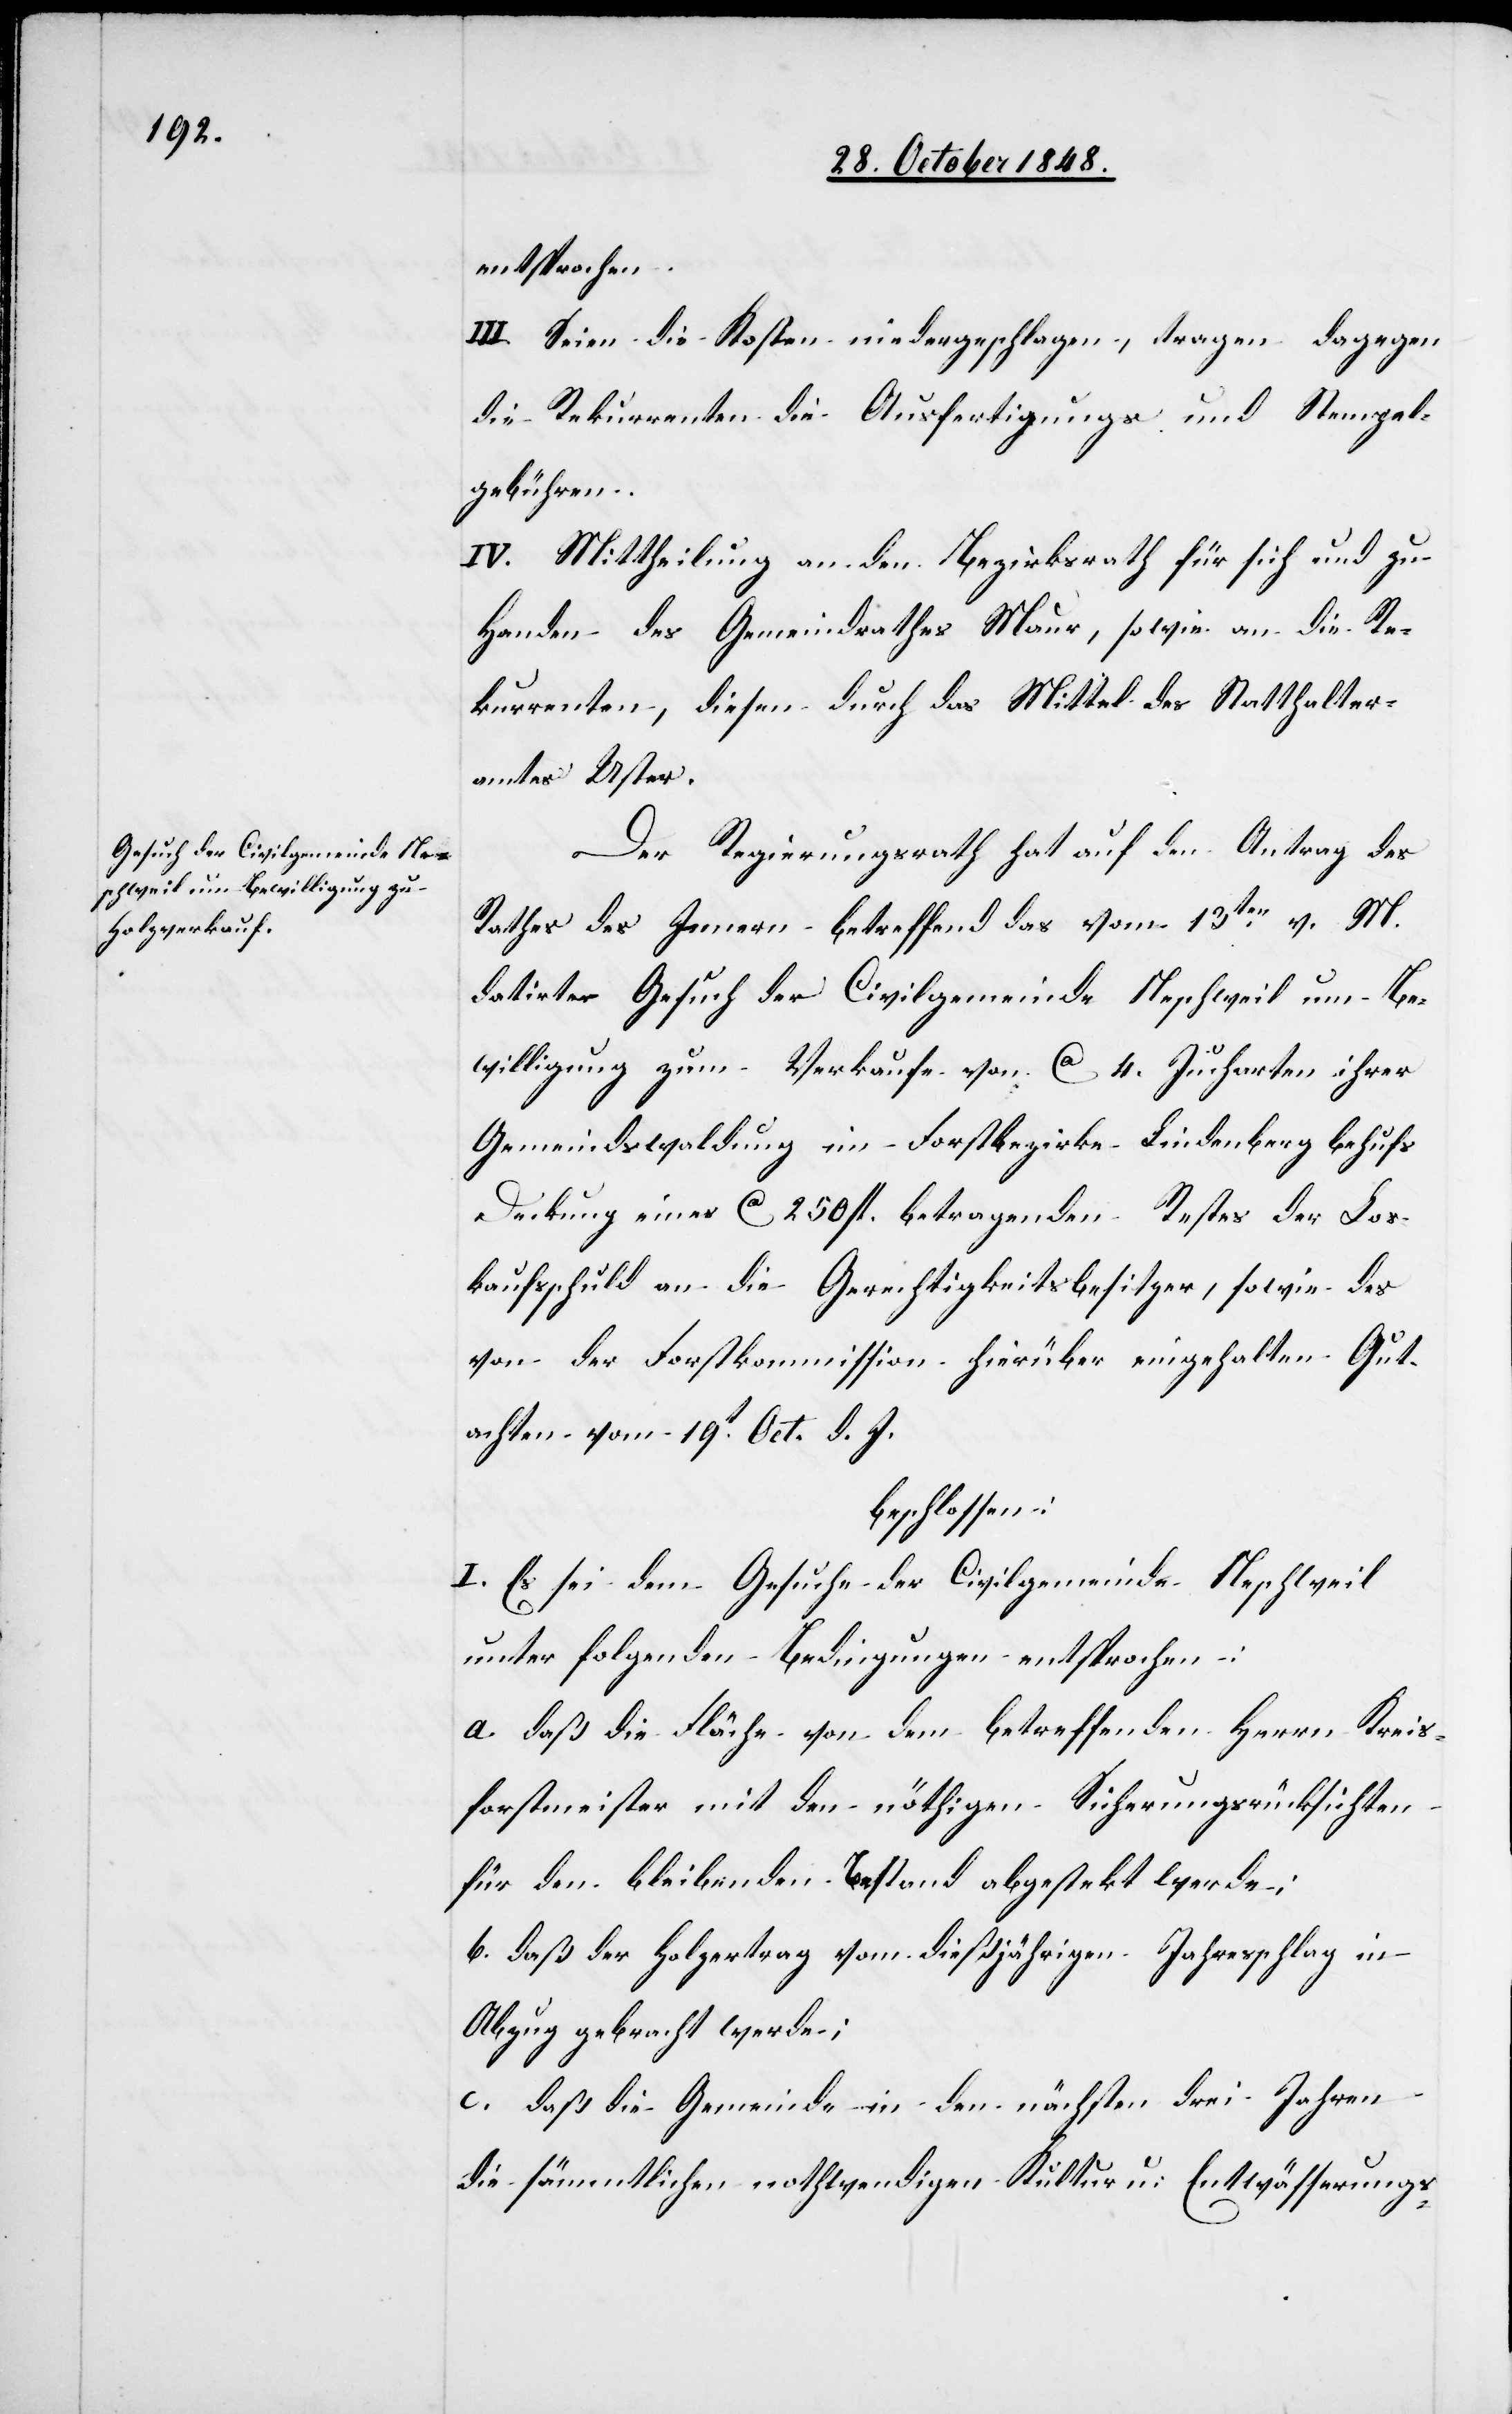
entsprochen.
III. Seien die Kosten niedergeschlagen, tragen dagegen
die Rekurrenten die Ausfertigungs und Stempel¬
gebühren.
IV. Mittheilung an den Bezirksrath für sich und zu
Handen des Gemeindrathes Maur, sowie an die Re¬
kurrenten, diesen durch das Mittel des Statthalter¬
amtes Uster.
Der Regierungsrath hat auf den Antrag des
Rathes des Innern betreffend das vom 13ten v. M.
datirte Gesuch der Civilgemeinde Neschweil um Be¬
willigung zum Verkaufe von ca. 4. Jucharten ihrer
Gemeindswaldung im Forstbezirke Lindenberg behufs
Deckung eines ca. 250. fl. betragenden Restes der Los¬
kaufsschuld an die Gerechtigkeitsbesitzer, sowie des
von der Forstkommission hierüber eingehalten[e] Gut¬
achten vom 19t Oct. d. J.
beschlossen:
I. Es sei dem Gesuche der Civilgemeinde Neschweil
unter folgenden Bedingungen entsprochen:
a. daß die Fläche von dem betreffenden Herrn Kreis¬
forstmeister mit den nöthigen Sicherungsrücksichten
für den bleibenden Bestand abgestekt werde;
b. daß der Holzertrag vom dießjährigen Jahresschlag in
Abzug gebracht werde;
c. daß die Gemeinde in den nächsten drei Jahren
die sämmtlichen nothwendigen Kultur u. Entwässerungs-